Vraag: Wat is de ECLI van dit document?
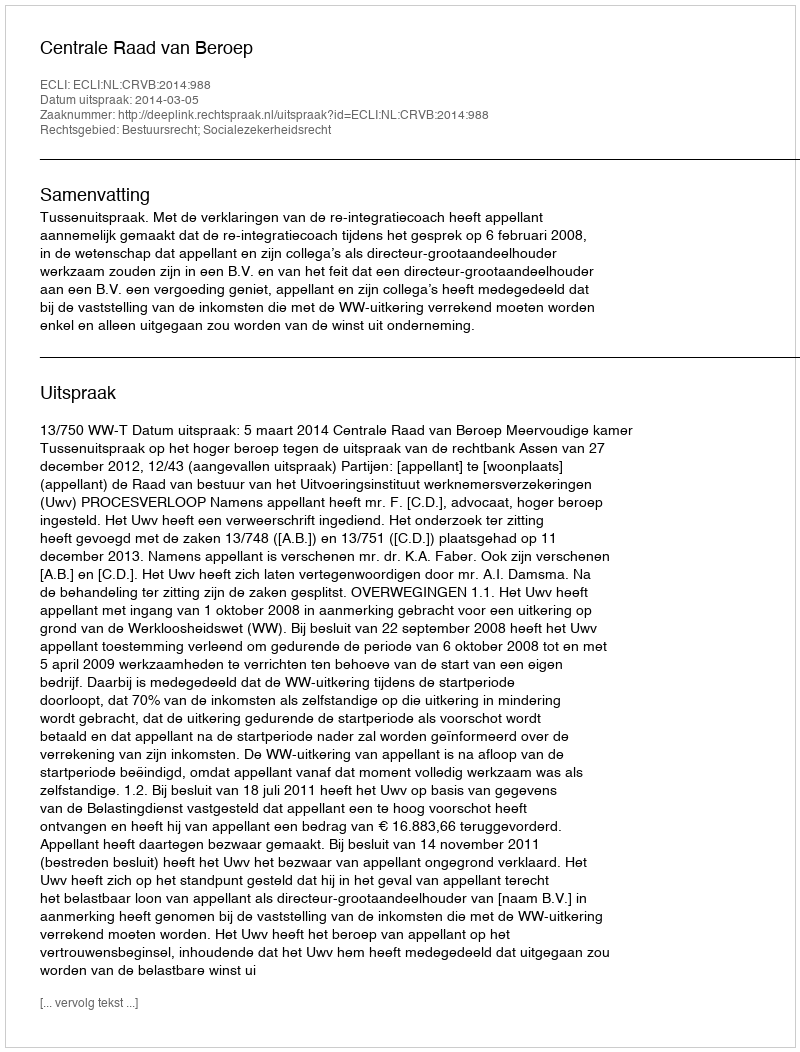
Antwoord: ECLI:NL:CRVB:2014:988